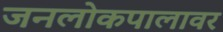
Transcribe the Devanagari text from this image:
जनलोकपालावर